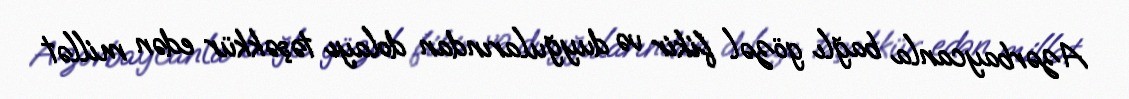
Azərbaycanla bağlı gözəl fikir və duyğularından dolayı təşəkkür edən millət